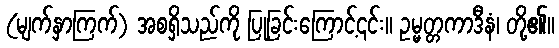
(မျက်နှာကြက်) အစရှိသည်ကို ပြုခြင်းကြောင့်၎င်း။ ဥမ္မတ္တကာဒီနံ၊ တို့၏။